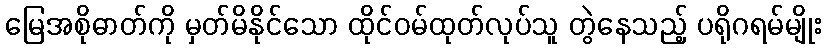
မြေအစိုဓာတ်ကို မှတ်မိနိုင်သော ထိုင်ဝမ်ထုတ်လုပ်သူ တွဲနေသည့် ပရိုဂရမ်မျိုး